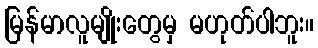
မြန်မာလူမျိုးတွေမှ မဟုတ်ပါဘူး။